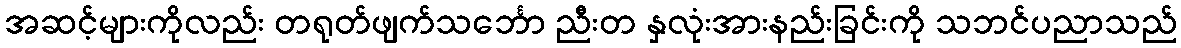
အဆင့်များကိုလည်း တရုတ်ဖျက်သင်္ဘော ညီးတ နှလုံးအားနည်းခြင်းကို သဘင်ပညာသည်